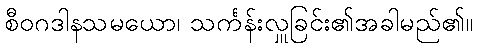
စီဝဂဒါနသမယော၊ သင်္ကန်းလှူခြင်း၏အခါမည်၏။